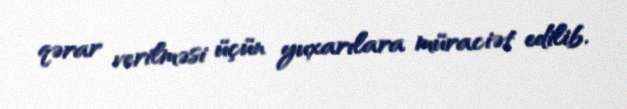
qərar verilməsi üçün yuxarılara müraciət edilib.